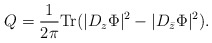
\begin{align*}Q=\frac{1}{2\pi}{\rm Tr}(|D_z \Phi|^2-|D_{\bar{z}} \Phi|^2).\end{align*}